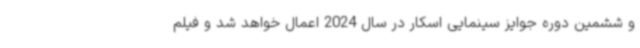
و ششمین دوره جوایز سینمایی اسکار در سال 2024 اعمال خواهد شد و فیلم